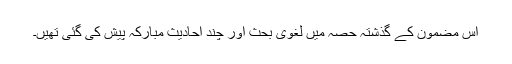
اس مضمون کے گذشتہ حصہ میں لغوی بحث اور چند احادیث مبارکہ پیش کی گئی تھیں۔